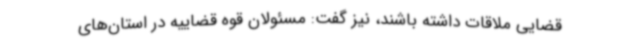
قضایی ملاقات داشته باشند، نیز گفت: مسئولان قوه قضاییه در استان‌های